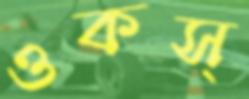
ওকস্